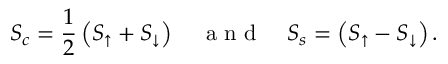
S _ { c } = \frac { 1 } { 2 } \left( S _ { \uparrow } + S _ { \downarrow } \right) ~ ~ ~ \mathrm { ~ a ~ n ~ d ~ } ~ ~ ~ S _ { s } = \left( S _ { \uparrow } - S _ { \downarrow } \right) .